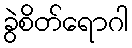
ခွဲစိတ်ရောဂါ